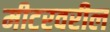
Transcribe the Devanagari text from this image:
मीटरवरील